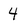
Character: 4